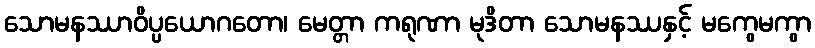
သောမနဿာဝိပ္ပယောဂတော၊ မေတ္တာ ကရုဏာ မုဒိတာ သောမနဿနှင့် မကွေမကွာ